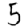
Digit: 5